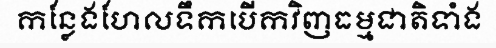
កន្លែងហែលទឹកបើកវិញធម្មជាតិទាំង